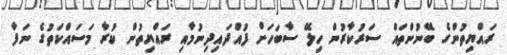
ރައްޔިތުންގެ ބޭނުންތައް ސަރުކާރުން ހިލޭ ސާބަހަށް ފުއްދައިދިނުމާއި ރައްޔިތުން ކުރާ މަސައްކަތުގެ ނަފާ